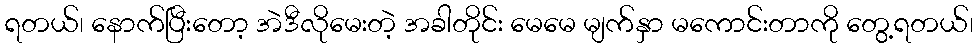
ရတယ်၊ နောက်ပြီးတော့ အဲဒီလိုမေးတဲ့ အခါတိုင်း မေမေ မျက်နှာ မကောင်းတာကို တွေ့ရတယ်၊